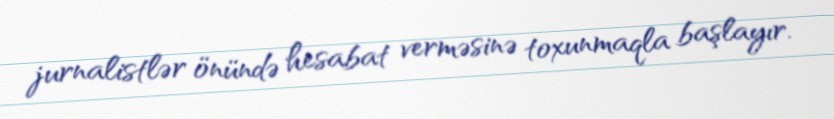
jurnalistlər önündə hesabat verməsinə toxunmaqla başlayır.